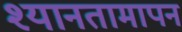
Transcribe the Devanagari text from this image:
श्यानतामापन